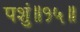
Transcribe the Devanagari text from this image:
पशुं॥१५॥